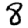
Digit: 8